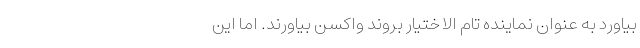
بیاورد به عنوان نماینده تام الاختیار بروند واکسن بیاورند. اما این